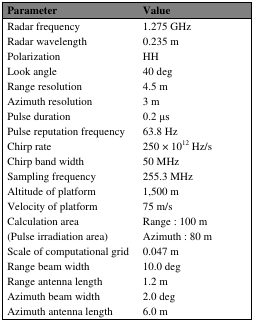
<table><thead><tr><td><b>Parameter</b></td><td><b>Value</b></td></tr></thead><tbody><tr><td>Radar frequency</td><td>1.275 GHz</td></tr><tr><td>Radar wavelength</td><td>0.235 m</td></tr><tr><td>Polarization</td><td>HH</td></tr><tr><td>Look angle</td><td>40 deg</td></tr><tr><td>Range resolution</td><td>4.5 m</td></tr><tr><td>Azimuth resolution</td><td>3 m</td></tr><tr><td>Pulse duration</td><td>0.2 μs</td></tr><tr><td>Pulse reputation frequency</td><td>63.8 Hz</td></tr><tr><td>Chirp rate</td><td>250 × 10<sup>12</sup> Hz/s</td></tr><tr><td>Chirp band width</td><td>50 MHz</td></tr><tr><td>Sampling frequency</td><td>255.3 MHz</td></tr><tr><td>Altitude of platform</td><td>1,500 m</td></tr><tr><td>Velocity of platform</td><td>75 m/s</td></tr><tr><td>Calculation area</td><td>Range : 100 m</td></tr><tr><td>(Pulse irradiation area)</td><td>Azimuth : 80 m</td></tr><tr><td>Scale of computational grid</td><td>0.047 m</td></tr><tr><td>Range beam width</td><td>10.0 deg</td></tr><tr><td>Range antenna length</td><td>1.2 m</td></tr><tr><td>Azimuth beam width</td><td>2.0 deg</td></tr><tr><td>Azimuth antenna length</td><td>6.0 m</td></tr></tbody></table>